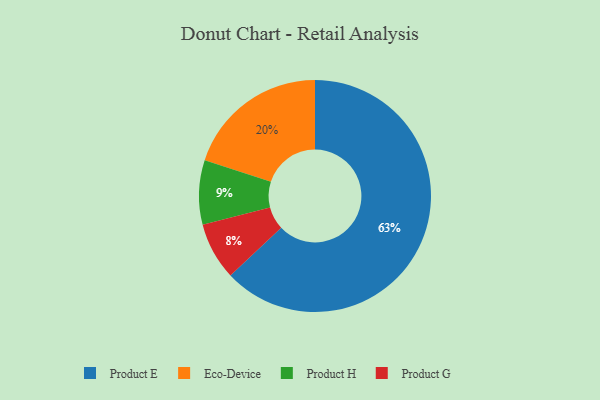
{"axis": {"x": "Category", "y": "Percentage"}, "legend": ["Eco-Device", "Product E", "Product G", "Product H"], "data": [{"x": "Product H", "y": 9, "type": "Product H"}, {"x": "Product G", "y": 8, "type": "Product G"}, {"x": "Eco-Device", "y": 20, "type": "Eco-Device"}, {"x": "Product E", "y": 63, "type": "Product E"}]}